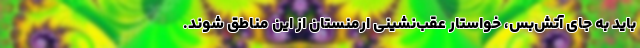
باید به جای‌ آتش‌بس، خواستار عقب‌نشینی ارمنستان از این مناطق شوند.